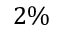
2 \%